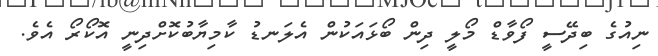
ނިއުގެ ބިދޭސީ ފޯވާޑް މޯލީ ދިން ބޯޅައަކުން އެލަނޑު ކާމިޔާބުކޮށްދިނީ އޮކޯރޯ އެވެ.